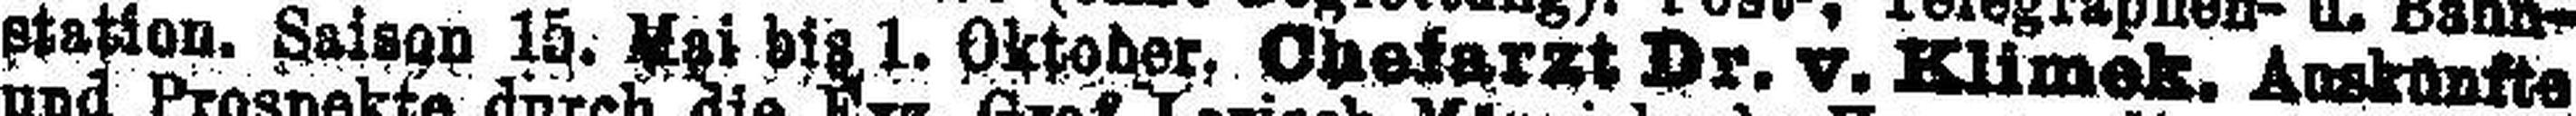
Station. Saison 15. Mai bis 1. Oktober. Chefarzt Dr. v. Klimek. Auskünfte